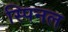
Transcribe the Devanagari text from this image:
स्पिनल